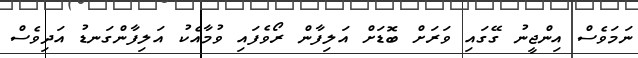
ނަމަވެސް އިންޖީނު ގޭގައި ވަރަށް ބޮޑަށް އަލިފާން ރޯވެފައި ވުމާއެކު އަލިފާންގަނޑު އަދިވެސް